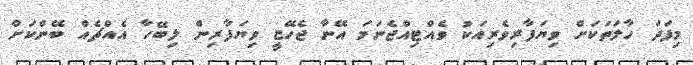
މިފަދަ ހާލަތަކަށް ވިޔަފާރިވެރިއަކު ވެއްޓިއްޖެނަމަ އޭނާ ޖެހޭޏީ ވިޔަފާރިން ލިބޭހާ އެއްޗެއް ބޭންކަށް